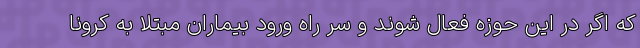
که اگر در این حوزه فعال شوند و سر راه ورود بیماران مبتلا به کرونا